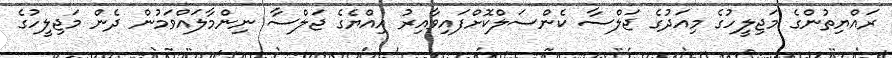
ރައްޔިތުންގެ މަޖިލީހުގެ މިއަދުގެ ޖަލްސާ ކެންސަލްކޮށްފައިވާއިރު އިއްޔެގެ ޖަލްސާ ނިންމާލައްވަމުން ދެން މަޖިލީހުގެ